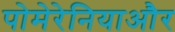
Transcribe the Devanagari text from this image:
पोमेरेनियाऔर